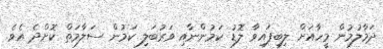
ދަމާލުމުން މީހާއަށް ލިބިފައިވާ ލޮޑު ކަމުންނާއި ވަރުބަލި ކަމުން ސަލާމަތް ކޮށްދެ އެވެ.